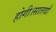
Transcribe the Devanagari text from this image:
होगी।सातवाँ